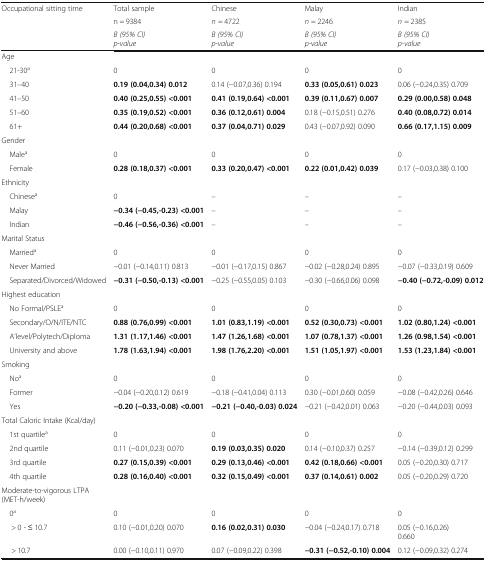
<table><thead><tr><td rowspan="3"><b>Occupational sitting time</b></td><td><b>Total sample</b></td><td><b>Chinese</b></td><td><b>Malay</b></td><td><b>Indian</b></td></tr><tr><td><b>n = 9384</b></td><td><b><i>n</i> = 4722</b></td><td><b><i>n</i> = 2246</b></td><td><b><i>n</i> = 2385</b></td></tr><tr><td><b><i>B (95% CI)</i><i>p-value</i></b></td><td><b><i>B (95% CI)</i><i>p-value</i></b></td><td><b><i>B (95% CI)</i><i>p-value</i></b></td><td><b><i>B (95% CI)</i><i>p-value</i></b></td></tr></thead><tbody><tr><td colspan="5">Age</td></tr><tr><td> 21-30<sup>a</sup></td><td>0</td><td>0</td><td>0</td><td>0</td></tr><tr><td> 31–40</td><td><b>0.19 (0.04,0.34) 0.012</b></td><td>0.14 (−0.07,0.36) 0.194</td><td><b>0.33 (0.05,0.61) 0.023</b></td><td>0.06 (−0.24,0.35) 0.709</td></tr><tr><td> 41–50</td><td><b>0.40 (0.25,0.55) &lt;0.001</b></td><td><b>0.41 (0.19,0.64) &lt;0.001</b></td><td><b>0.39 (0.11,0.67) 0.007</b></td><td><b>0.29 (0.00,0.58) 0.048</b></td></tr><tr><td> 51–60</td><td><b>0.35 (0.19,0.52) &lt;0.001</b></td><td><b>0.36 (0.12,0.61) 0.004</b></td><td>0.18 (−0.15,0.51) 0.276</td><td><b>0.40 (0.08,0.72) 0.014</b></td></tr><tr><td> 61+</td><td><b>0.44 (0.20,0.68) &lt;0.001</b></td><td><b>0.37 (0.04,0.71) 0.029</b></td><td>0.43 (−0.07,0.92) 0.090</td><td><b>0.66 (0.17,1.15) 0.009</b></td></tr><tr><td colspan="5">Gender</td></tr><tr><td> Male<sup>a</sup></td><td>0</td><td>0</td><td>0</td><td>0</td></tr><tr><td> Female</td><td><b>0.28 (0.18,0.37) &lt;0.001</b></td><td><b>0.33 (0.20,0.47) &lt;0.001</b></td><td><b>0.22 (0.01,0.42) 0.039</b></td><td>0.17 (−0.03,0.38) 0.100</td></tr><tr><td colspan="5">Ethnicity</td></tr><tr><td> Chinese<sup>a</sup></td><td>0</td><td>–</td><td>–</td><td>–</td></tr><tr><td> Malay</td><td><b>−0.34 (−0.45,-0.23) &lt;0.001</b></td><td>–</td><td>–</td><td>–</td></tr><tr><td> Indian</td><td><b>−0.46 (−0.56,-0.36) &lt;0.001</b></td><td>–</td><td>–</td><td>–</td></tr><tr><td colspan="5">Marital Status</td></tr><tr><td> Married<sup>a</sup></td><td>0</td><td>0</td><td>0</td><td>0</td></tr><tr><td> Never Married</td><td>−0.01 (−0.14,0.11) 0.813</td><td>−0.01 (−0.17,0.15) 0.867</td><td>−0.02 (−0.28,0.24) 0.895</td><td>−0.07 (−0.33,0.19) 0.609</td></tr><tr><td> Separated/Divorced/Widowed</td><td><b>−0.31 (−0.50,-0.13) &lt;0.001</b></td><td>−0.25 (−0.55,0.05) 0.103</td><td>−0.30 (−0.66,0.06) 0.098</td><td><b>−0.40 (−0.72,-0.09) 0.012</b></td></tr><tr><td colspan="5">Highest education</td></tr><tr><td> No Formal/PSLE<sup>a</sup></td><td>0</td><td>0</td><td>0</td><td>0</td></tr><tr><td> Secondary/O/N/ITE/NTC</td><td><b>0.88 (0.76,0.99) &lt;0.001</b></td><td><b>1.01 (0.83,1.19) &lt;0.001</b></td><td><b>0.52 (0.30,0.73) &lt;0.001</b></td><td><b>1.02 (0.80,1.24) &lt;0.001</b></td></tr><tr><td> A’level/Polytech/Diploma</td><td><b>1.31 (1.17,1.46) &lt;0.001</b></td><td><b>1.47 (1.26,1.68) &lt;0.001</b></td><td><b>1.07 (0.78,1.37) &lt;0.001</b></td><td><b>1.26 (0.98,1.54) &lt;0.001</b></td></tr><tr><td> University and above</td><td><b>1.78 (1.63,1.94) &lt;0.001</b></td><td><b>1.98 (1.76,2.20) &lt;0.001</b></td><td><b>1.51 (1.05,1.97) &lt;0.001</b></td><td><b>1.53 (1.23,1.84) &lt;0.001</b></td></tr><tr><td colspan="5">Smoking</td></tr><tr><td> No<sup>a</sup></td><td>0</td><td>0</td><td>0</td><td>0</td></tr><tr><td> Former</td><td>−0.04 (−0.20,0.12) 0.619</td><td>−0.18 (−0.41,0.04) 0.113</td><td>0.30 (−0.01,0.60) 0.059</td><td>−0.08 (−0.42,0.26) 0.646</td></tr><tr><td> Yes</td><td><b>−0.20 (−0.33,-0.08) &lt;0.001</b></td><td><b>−0.21 (−0.40,-0.03) 0.024</b></td><td>−0.21 (−0.42,0.01) 0.063</td><td>−0.20 (−0.44,0.03) 0.093</td></tr><tr><td colspan="5">Total Caloric Intake (Kcal/day)</td></tr><tr><td> 1st quartile<sup>a</sup></td><td>0</td><td>0</td><td>0</td><td>0</td></tr><tr><td> 2nd quartile</td><td>0.11 (−0.01,0.23) 0.070</td><td><b>0.19 (0.03,0.35) 0.020</b></td><td>0.14 (−0.10,0.37) 0.257</td><td>−0.14 (−0.39,0.12) 0.299</td></tr><tr><td> 3rd quartile</td><td><b>0.27 (0.15,0.39) &lt;0.001</b></td><td><b>0.29 (0.13,0.46) &lt;0.001</b></td><td><b>0.42 (0.18,0.66) &lt;0.001</b></td><td>0.05 (−0.20,0.30) 0.717</td></tr><tr><td> 4th quartile</td><td><b>0.28 (0.16,0.40) &lt;0.001</b></td><td><b>0.32 (0.15,0.49) &lt;0.001</b></td><td><b>0.37 (0.14,0.61) 0.002</b></td><td>0.05 (−0.20,0.29) 0.720</td></tr><tr><td colspan="5">Moderate-to-vigorous LTPA (MET-h/week)</td></tr><tr><td> 0<sup>a</sup></td><td>0</td><td>0</td><td>0</td><td>0</td></tr><tr><td>&gt; 0 - ≤ 10.7</td><td>0.10 (−0.01,0.20) 0.070</td><td><b>0.16 (0.02,0.31) 0.030</b></td><td>−0.04 (−0.24,0.17) 0.718</td><td>0.05 (−0.16,0.26)0.660</td></tr><tr><td>&gt; 10.7</td><td>0.00 (−0.10,0.11) 0.970</td><td>0.07 (−0.09,0.22) 0.398</td><td><b>−0.31 (−0.52,-0.10) 0.004</b></td><td>0.12 (−0.09,0.32) 0.274</td></tr></tbody></table>